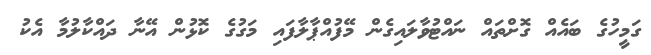
ގަމީހުގެ ބައެއް ގޮށްތައް ނައްޓުވާލައިގެން މޭފުއްޕާލާފައި މަގުގެ ކޮޅުން އޭނާ ދައްކާލުމާ އެކު